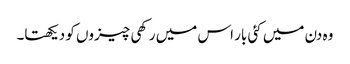
وہ دن میں کئی بار اس میں رکھی چیزوں کو دیکھتا۔